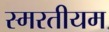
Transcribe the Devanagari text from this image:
स्मरतीयम